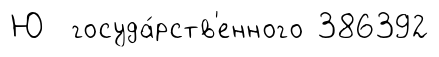
Ю госуда́рств'енного 386392